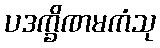
ပဒက္ခိဏမကံသု